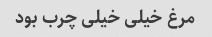
مرغ خیلی خیلی چرب بود